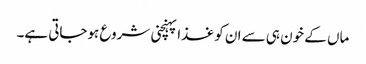
ماں کے خون ہی سے ان کو غذا پہنچنی شروع ہوجاتی ہے۔